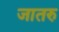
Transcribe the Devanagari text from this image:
जातरु